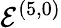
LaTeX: \mathcal{E}^{(5,0)}